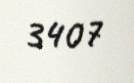
3407